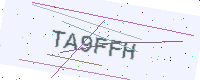
Text: TA9FFH